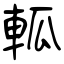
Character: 軱